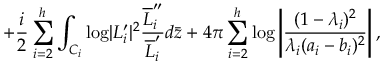
+ { \frac { i } { 2 } } \sum _ { i = 2 } ^ { h } \int _ { { \cal C } _ { i } } { \log } | L _ { i } ^ { \prime } | ^ { 2 } { \frac { \overline { { L } } _ { i } ^ { \prime \prime } } { \overline { { L } } _ { i } ^ { \prime } } } d \bar { z } + 4 \pi \sum _ { i = 2 } ^ { h } { \log } \left| { \frac { ( 1 - \lambda _ { i } ) ^ { 2 } } { \lambda _ { i } ( a _ { i } - b _ { i } ) ^ { 2 } } } \right| ,